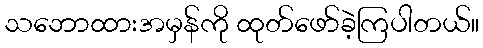
သဘောထားအမှန်ကို ထုတ်ဖော်ခဲ့ကြပါတယ်။